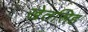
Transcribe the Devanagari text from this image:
खेतसिह